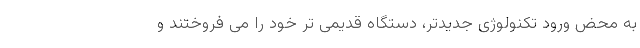
به محض ورود تکنولوژی جدیدتر، دستگاه قدیمی تر خود را می فروختند و